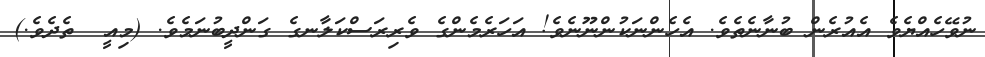
ނުވޭހެއްޔެވެ އެއުރެން ބުނާނެތެވެ. އެހެންނަކުންނޫނެވެ! އަހަރެމެންގެ ވެރިރަސްކަލާނގެ ގަންދީބުނަމެވެ. (މިއީ  ތެދެވެ.)